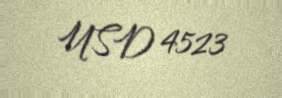
USD 4523